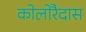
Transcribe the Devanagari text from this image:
कोलोरैदास